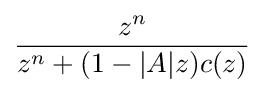
{\frac {z^{n}}{z^{n}+(1-|A|z)c(z)}}